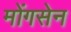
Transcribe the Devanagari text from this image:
मोंगसेन